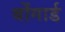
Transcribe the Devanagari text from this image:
बोंगार्ड